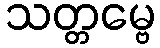
သတ္တမ္ဗေ